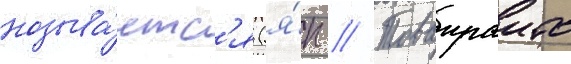
называ́етс'я (я́п // Товаираито